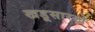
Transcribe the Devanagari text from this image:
खडूसारखे